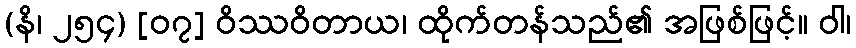
(နိ၊ ၂၅၄) [၀၇] ဝိဿဝိတာယ၊ ထိုက်တန်သည်၏ အဖြစ်ဖြင့်။ ဝါ၊